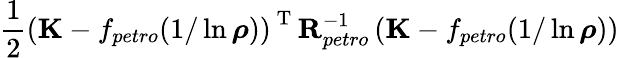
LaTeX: \frac{1}{2}\left(\mathbf{K}-f_{petro}(1/\ln{\boldsymbol\rho})\right)^{\mathrm{~T~}}\mathbf{R}_{petro}^{-1}\left(\mathbf{K}-f_{petro}(1/\ln{\boldsymbol\rho})\right)